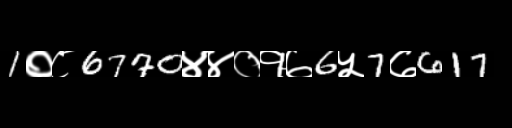
Text: 1०८6770४४०१७6५7७617